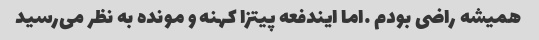
همیشه راضی بودم …اما ایندفعه پیتزا کهنه و مونده به نظر می‌رسید